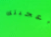
أعجبتك